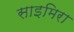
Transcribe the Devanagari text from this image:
साइमिरा